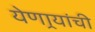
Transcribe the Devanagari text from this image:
येणार्‍यांची